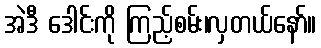
အဲဒီ ဒေါင်းကို ကြည့်စမ်း၊လှတယ်နော်။